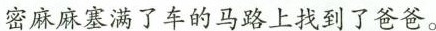
密麻麻塞满了车的马路上找到了爸爸。